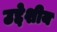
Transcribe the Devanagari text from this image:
उद्देशीय